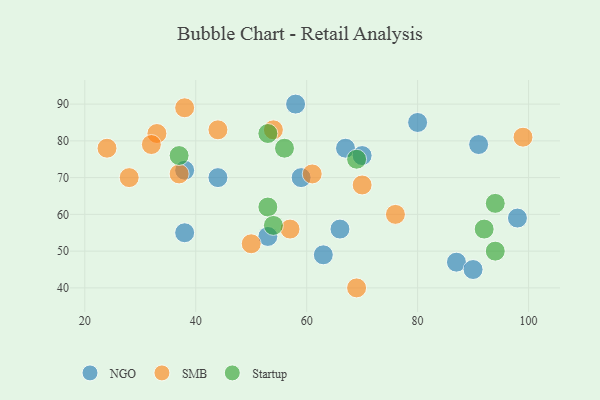
{"axis": {"x": "GDP", "y": "Life Expectancy"}, "legend": ["NGO", "SMB", "Startup"], "data": [{"x": "80", "y": 85, "type": "NGO"}, {"x": "58", "y": 90, "type": "NGO"}, {"x": "98", "y": 59, "type": "NGO"}, {"x": "87", "y": 47, "type": "NGO"}, {"x": "67", "y": 78, "type": "NGO"}, {"x": "59", "y": 70, "type": "NGO"}, {"x": "44", "y": 70, "type": "NGO"}, {"x": "53", "y": 54, "type": "NGO"}, {"x": "90", "y": 45, "type": "NGO"}, {"x": "63", "y": 49, "type": "NGO"}, {"x": "66", "y": 56, "type": "NGO"}, {"x": "38", "y": 72, "type": "NGO"}, {"x": "38", "y": 55, "type": "NGO"}, {"x": "91", "y": 79, "type": "NGO"}, {"x": "70", "y": 76, "type": "NGO"}, {"x": "33", "y": 82, "type": "SMB"}, {"x": "54", "y": 83, "type": "SMB"}, {"x": "28", "y": 70, "type": "SMB"}, {"x": "32", "y": 79, "type": "SMB"}, {"x": "61", "y": 71, "type": "SMB"}, {"x": "76", "y": 60, "type": "SMB"}, {"x": "70", "y": 68, "type": "SMB"}, {"x": "50", "y": 52, "type": "SMB"}, {"x": "57", "y": 56, "type": "SMB"}, {"x": "37", "y": 71, "type": "SMB"}, {"x": "99", "y": 81, "type": "SMB"}, {"x": "38", "y": 89, "type": "SMB"}, {"x": "24", "y": 78, "type": "SMB"}, {"x": "44", "y": 83, "type": "SMB"}, {"x": "69", "y": 40, "type": "SMB"}, {"x": "37", "y": 76, "type": "Startup"}, {"x": "53", "y": 62, "type": "Startup"}, {"x": "54", "y": 57, "type": "Startup"}, {"x": "56", "y": 78, "type": "Startup"}, {"x": "94", "y": 50, "type": "Startup"}, {"x": "92", "y": 56, "type": "Startup"}, {"x": "69", "y": 75, "type": "Startup"}, {"x": "53", "y": 82, "type": "Startup"}, {"x": "94", "y": 63, "type": "Startup"}]}